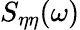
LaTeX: S_{\eta\eta}(\omega)